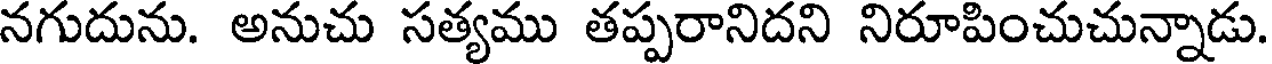
నగుదును. అనుచు సత్యము తప్పరానిదని నిరూపించుచున్నాడు.